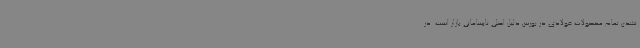
نشدن تمام محصولات فولادی در بورس دلیل اصلی نابسامانی بازار است. در